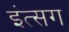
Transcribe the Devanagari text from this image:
इंत्सग